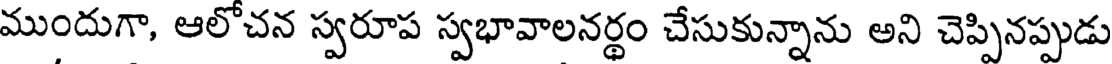
ముందుగా, ఆలోచన స్వరూప స్వభావాలనర్థం చేసుకున్నాను అని చెప్పినప్పుడు